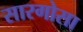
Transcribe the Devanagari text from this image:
सारगोसा